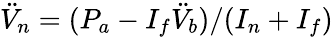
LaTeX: \ddot{V}_{n}=(P_{a}-I_{f}\ddot{V}_{b})/(I_{n}+I_{f})